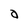
Character: a